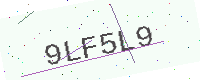
Text: 9LF5L9